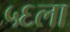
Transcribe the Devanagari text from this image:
५६ला